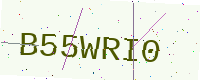
Text: B55WRI0